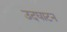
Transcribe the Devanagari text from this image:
उदघाटन